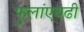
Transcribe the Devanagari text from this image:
फुलांएवढी